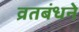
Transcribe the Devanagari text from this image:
व्रतबंधने